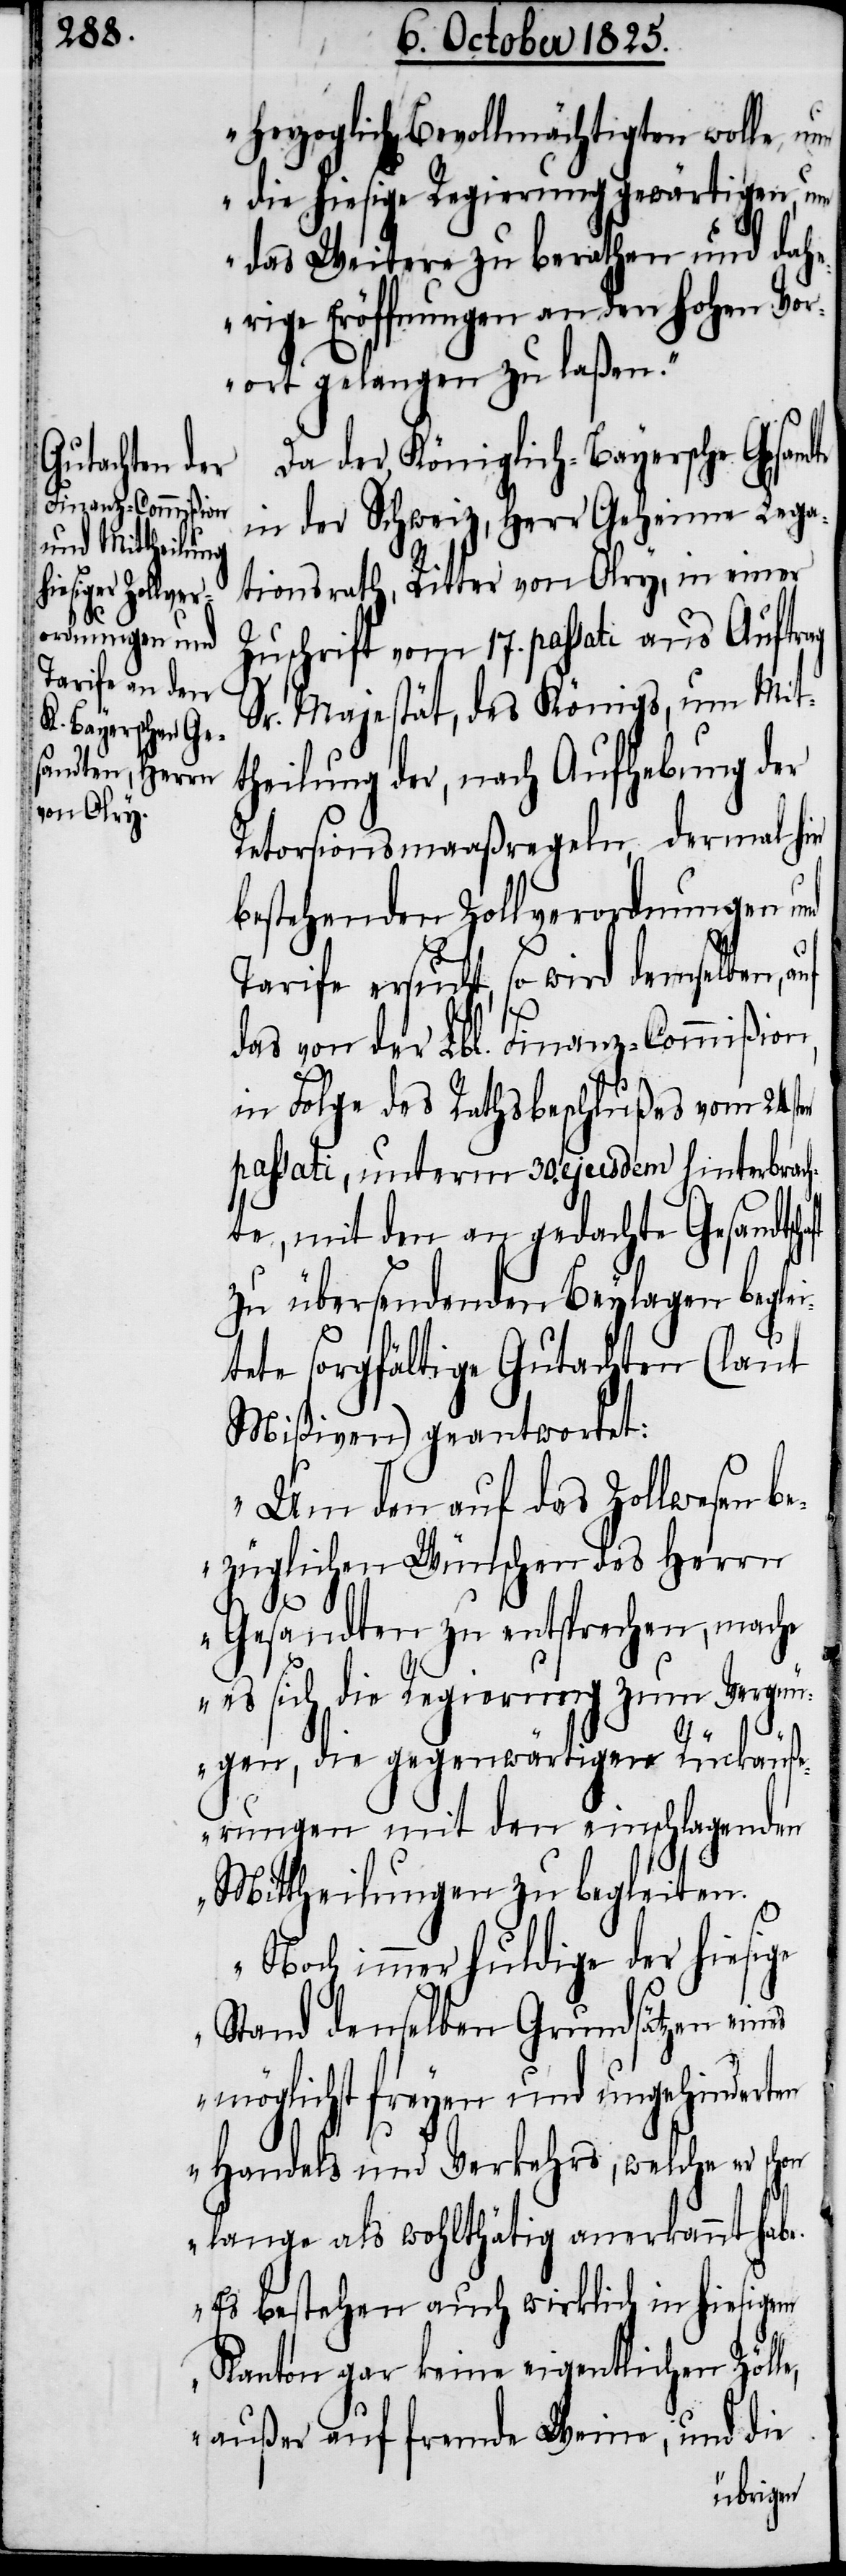
herzoglich Bevollmächtigten wolle, n¬
un die hiesige Regierung gewärtigen, um
das Weiter zu berathen und dah¬
erige Eröffnungen an den hohen Vor¬
ort gelangen zu laßen“.
Da der Königlich-Bayersche Gesan¬
in der Schweiz, Herr Geheime Lega¬
tionsrath, Ritter von Olry, in einer
Zuschrift vom 17. passati aus Auftr¬
Sr. Majestät, des Königs, um Mit¬
theilung der, nach Aufhebung der
Retorsionsmaaßregeln, dermal hin
bestehenden Zollverordnungen und
Tarife ersucht, so wird demselben, auf
das von der Lbl. Finanz-Commißion,
in Folge des Rathsbeschlußes vom 24sten
passati, unterm 30. ejusdem hinterbrac¬
hte, mit den an gedachte Gesandtsc¬
zu übersendenden Beylagen beglei¬
tete sorgfältige Gutachten (laut
Mißiven) geantwortet:
„Um den auf das Zollwesen b¬
ezüglichen Wünschen des Herrn
e,
Gesandten zu entsprechen, mache
es sich die Regierung zum Vergn¬
haft
ügen, die gegenwärtigen Rückäuß¬
erungen mit den einschlagenden
Mittheilungen zu begleiten.
Noch immer huldige der hiesige
Stand denselben Grundsätzen eines
möglichst freyen und ungehinderten
Handels und Verkehrs, welche er
lange als wohlthätig anerkannt habe.
Es bestehen auch wirklich in hiesigem
Kanton gar keine eigentlichen Zöll¬
außer auf fremde Weine, und die